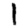
Digit: 1